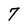
Character: 7